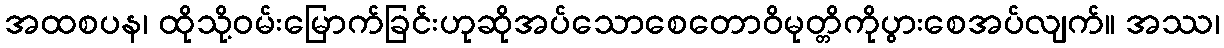
အထစပန၊ ထိုသို့ဝမ်းမြောက်ခြင်းဟုဆိုအပ်သောစေတောဝိမုတ္တိကိုပွားစေအပ်လျက်။ အဿ၊